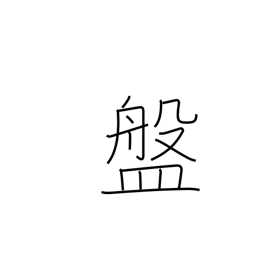
Meaning: shallow bowl